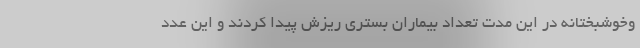
وخوشبختانه در این مدت تعداد بیماران بستری ریزش پیدا کردند و این عدد